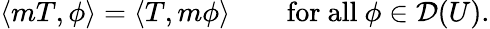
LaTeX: \langle mT,\phi\rangle=\langle T,m\phi\rangle\qquad{\mathrm{for~all~}}\phi\in{\mathcal{D}}(U).